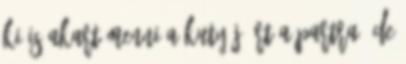
ki is akart menni a kutyájáért a partra, de